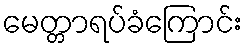
မေတ္တာရပ်ခံကြောင်း